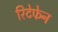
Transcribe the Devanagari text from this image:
रिटेफेन